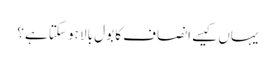
یہاں کیسے انصاف کا بول بالا ہو سکتا ہے؟